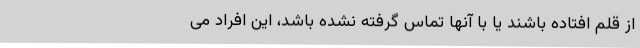
از قلم افتاده باشند یا با آنها تماس گرفته نشده باشد، این افراد می